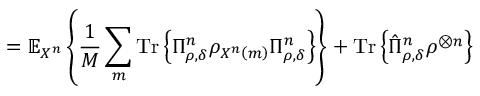
= \mathbb { E } _ { X ^ { n } } \left\{ { \frac { 1 } { M } } \sum _ { m } { \mathrm { T r } } \left\{ \Pi _ { \rho , \delta } ^ { n } \rho _ { X ^ { n } \left( m \right) } \Pi _ { \rho , \delta } ^ { n } \right\} \right\} + { \mathrm { T r } } \left\{ { \hat { \Pi } } _ { \rho , \delta } ^ { n } \rho ^ { \otimes n } \right\}